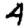
Digit: 4